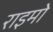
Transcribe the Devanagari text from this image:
राइमो